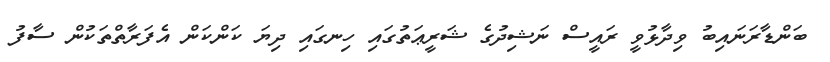
ބަންޑާރަނައިބު ވިދާޅުވީ ރައީސް ނަޝިދުގެ ޝަރީޢަތުގައި ހިނގައި ދިޔަ ކަންކަން އެފަރާތްތަކުން ސާފު